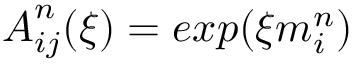
\boldsymbol { A } _ { i j } ^ { n } ( \xi ) = e x p ( \xi \boldsymbol { m } _ { i } ^ { n } )